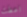
اعطت